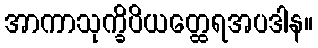
အာကာသုက္ခိပိယတ္ထေရအပဒါန။